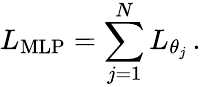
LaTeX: L_{\mathrm{MLP}}=\sum_{j=1}^{N}{L_{\theta_{j}}}\, .